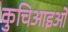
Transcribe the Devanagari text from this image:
कुचिआइओ